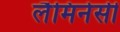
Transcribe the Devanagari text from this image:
लैमिनेसी